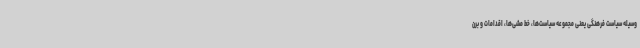
وسیله سیاست فرهنگی یعنی مجموعه سیاست‌ها، خط مشی‌ها، اقدامات و برن